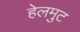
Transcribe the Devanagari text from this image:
हेलमुट